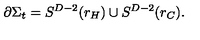
\partial \Sigma _ { t } = S ^ { D - 2 } ( r _ { H } ) \cup S ^ { D - 2 } ( r _ { C } ) .